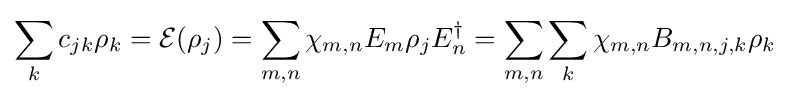
\sum _{k}c_{jk}\rho _{k}={\mathcal {E}}(\rho _{j})=\sum _{m,n}\chi _{m,n}E_{m}\rho _{j}E_{n}^{\dagger }=\sum _{m,n}\sum _{k}\chi _{m,n}B_{m,n,j,k}\rho _{k}